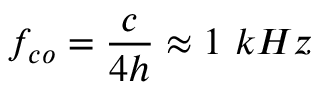
f _ { c o } = { \frac { c } { 4 h } } \approx 1 ~ k H z